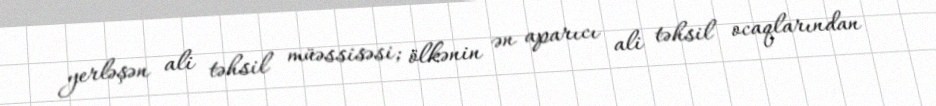
yerləşən ali təhsil müəssisəsi; ölkənin ən aparıcı ali təhsil ocaqlarından